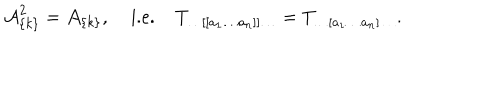
{ \cal A } _ { \{ k \} } ^ { 2 } = { \cal A } _ { \{ k \} } , \; \mathrm { i . e . } \; T _ { \ldots [ [ a _ { 1 } \ldots a _ { n } ] ] \ldots } = T _ { \ldots [ a _ { 1 } \ldots a _ { n } ] \ldots } .